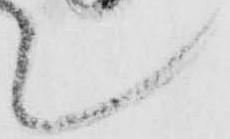
て